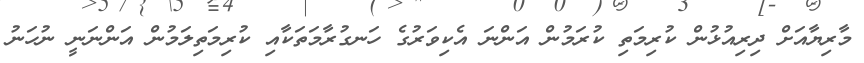
މާރިޔާއަށް ދިރިއުޅުން ކުރިމަތި ކުރަމުން އަންނަ އެކިވަރުގެ ހަނގުރާމަތަކާއި ކުރިމަތިލަމުން އަންނަނީ ނުހަނު